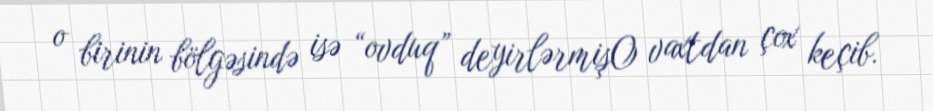
o birinin bölgəsində isə “ovduq” deyirlərmişO vaxtdan çox keçib.